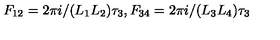
F _ { 1 2 } = 2 \pi i / ( L _ { 1 } L _ { 2 } ) \tau _ { 3 } , F _ { 3 4 } = 2 \pi i / ( L _ { 3 } L _ { 4 } ) \tau _ { 3 }